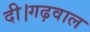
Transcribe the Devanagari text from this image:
दी।गढ़वाल